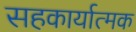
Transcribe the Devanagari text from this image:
सहकार्यात्मक